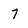
Character: 7